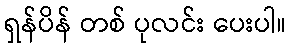
ရှန်ပိန် တစ် ပုလင်း ပေးပါ။